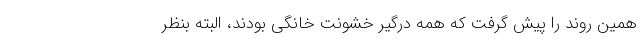
همین روند را پیش گرفت که همه درگیر خشونت خانگی بودند، البته بنظر